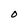
Character: O